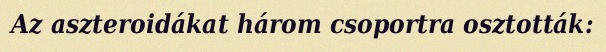
Az aszteroidákat három csoportra osztották: